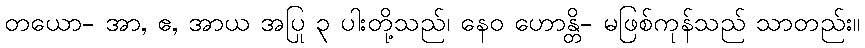
တယော- အာ, ဧ, အာယ အပြု ၃ ပါးတို့သည်၊ နေဝ ဟောန္တိ- မဖြစ်ကုန်သည် သာတည်း။